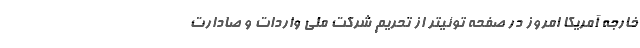
خارجه آمریکا امروز در صفحه توئیتر از تحریم شرکت ملی واردات و صادارت